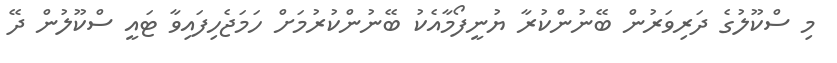
މި ސްކޫލުގެ ދަރިވަރުން ބޭނުންކުރާ ޔުނީފޯމާއެކު ބޭނުންކުރުމަށް ހަމަޖެހިފައިވާ ޓައީ ސްކޫލުން ދޭ